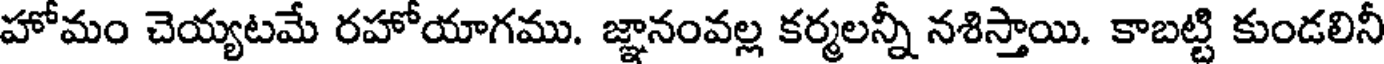
హోమం చెయ్యటమే రహోయాగము. జ్ఞానంవల్ల కర్మలన్నీ నశిస్తాయి. కాబట్టి కుండలినీ